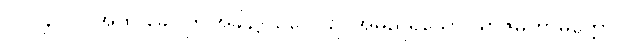
၇။ (၄၀၀) အထ ခေါ၊ ဤအခါ၌။ ဥဂ္ဂေါ၊ ဥဂ္ဂအမည်ရှိသော။ ရာဇမဟာမတ္တော၊